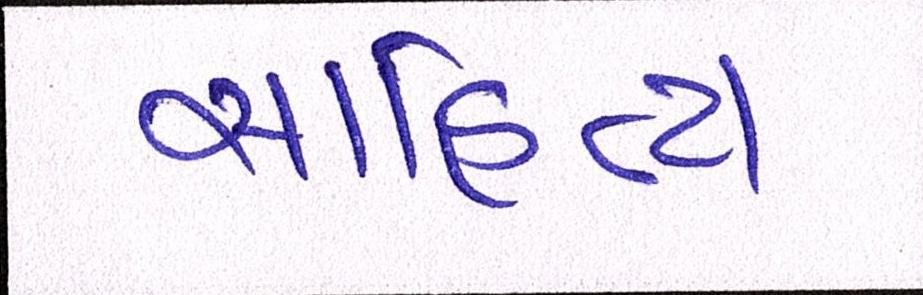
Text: સાહિત્ય